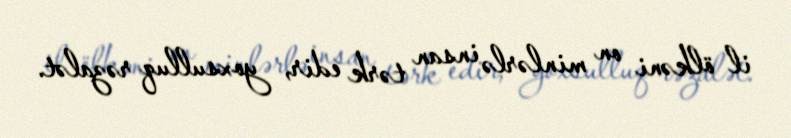
il ölkəni on minlərlə insan tərk edir, yoxsulluq rəzalət.